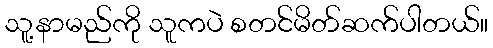
သူ့နာမည်ကို သူကပဲ စတင်မိတ်ဆက်ပါတယ်။